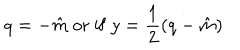
LaTeX: q = - \hat { m } \ \mathrm { o r \ i f } \ y = \frac { 1 } { 2 } ( q - \hat { m } )